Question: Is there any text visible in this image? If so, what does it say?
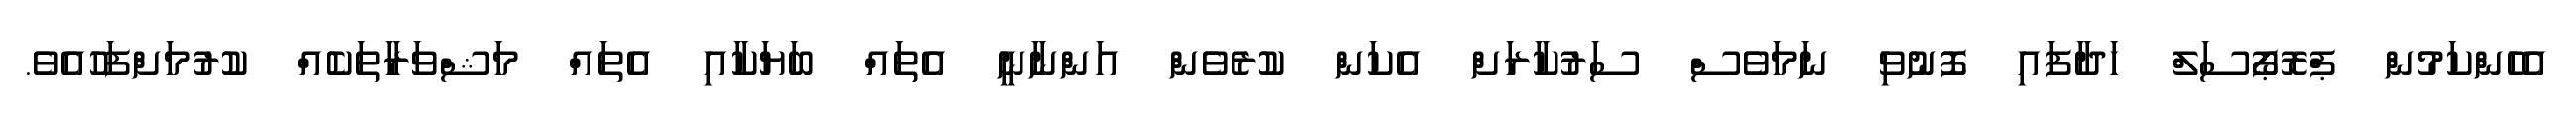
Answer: އެހެންކަމުން ޕްރޮޕޯސަލް ހަދާފައި ފޮނުވި ނަމަވެސް ސަރުކާރަށް އެކަން ކުރެވެން އަންނާނީ އެތައް ބަޔަކާއި އެތައް މަޝްވަރާތަކެއް ކުރުމަށްފަހުއެވެ.